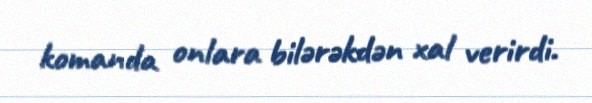
komanda onlara bilərəkdən xal verirdi.